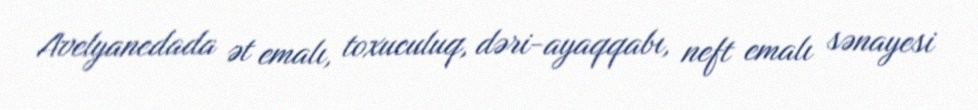
Avelyanedada ət emalı, toxuculuq, dəri-ayaqqabı, neft emalı sənayesi